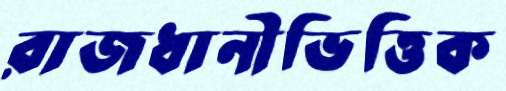
রাজধানীভিত্তিক